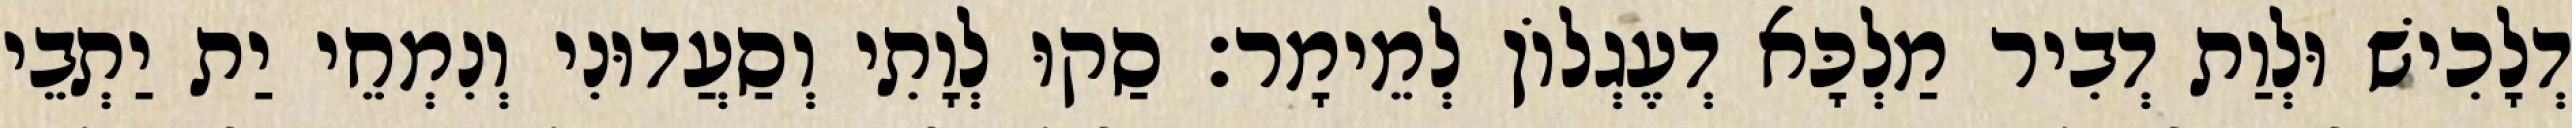
דְלָכִישׁ וּלְוַת דְבִיר מַלְכָּא דְעֶגְלוֹן לְמֵימָר׃ סַקוּ לְוָתִי וְסַעֲדוּנִי וְנִמְחֵי יַת יַתְבֵי